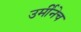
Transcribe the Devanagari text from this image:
उर्मीनेच